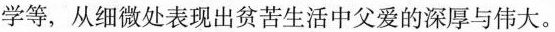
等，从细微处表现出贫苦生活中父爱的深厚与伟大。